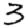
Digit: 3